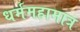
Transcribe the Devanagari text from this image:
धर्ममहामात्र